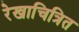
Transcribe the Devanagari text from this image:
रेखाचित्रित